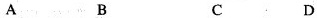
A B C D